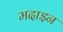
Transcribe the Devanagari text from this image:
मदाइन